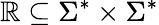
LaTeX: \mathbb{R}\subseteq\Sigma^{*}\times\Sigma^{*}